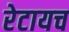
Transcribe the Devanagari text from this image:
रेटायच